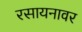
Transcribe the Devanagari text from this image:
रसायनावर